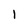
Character: 1